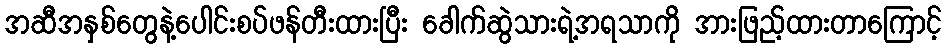
အဆီအနှစ်တွေနဲ့ပေါင်းစပ်ဖန်တီးထားပြီး ခေါက်ဆွဲသားရဲ့အရသာကို အားဖြည့်ထားတာကြောင့်